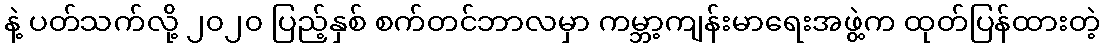
နဲ့ ပတ်သက်လို့ ၂၀၂၀ ပြည့်နှစ် စက်တင်ဘာလမှာ ကမ္ဘာ့ကျန်းမာရေးအဖွဲ့က ထုတ်ပြန်ထားတဲ့